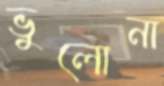
ভুলোনা